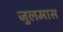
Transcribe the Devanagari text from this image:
जुलमास